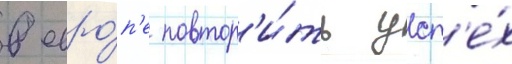
в евро́п'е повтор'и́ть усп'е́х